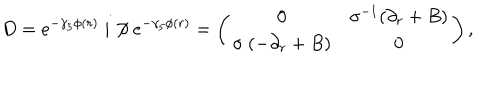
D = e ^ { - \gamma _ { 5 } \phi ( r ) \ } i \not \! \partial \ e ^ { - \gamma _ { 5 } \phi ( r ) } = \left( \begin{array} { c c } { { 0 } } & { { \sigma ^ { - 1 } ( \partial _ { r } + B ) } } \\ { { \sigma \ ( - \partial _ { r } + B ) } } & { { 0 } } \\ \end{array} \right) ,